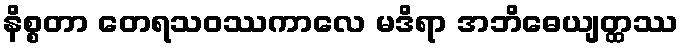
နိစ္စတာ တေရသဝဿကာလေ မဒိရာ အဘိဓေယျတ္ထဿ